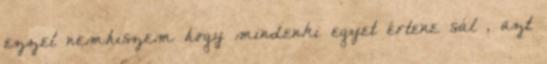
ezzel nemhiszem hogy mindenki egyet értene sál , azt